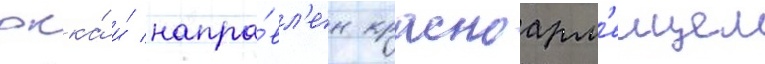
ркка́ и́ напра́вл'ен красноарм'еицем